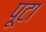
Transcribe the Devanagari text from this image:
पूटा